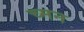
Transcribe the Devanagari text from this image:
च्मन